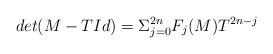
LaTeX: \begin{align*}det(M - TId) = \Sigma_{j=0}^{2n} F_j(M)T^{2n-j}\end{align*}